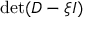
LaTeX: \operatorname* { d e t } ( D - \xi I )